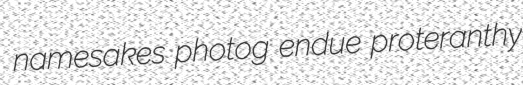
namesakes photog endue proteranthy